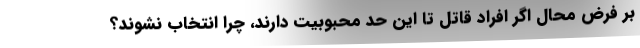
بر فرض محال اگر افراد قاتل تا این حد محبوبیت دارند، چرا انتخاب نشوند؟